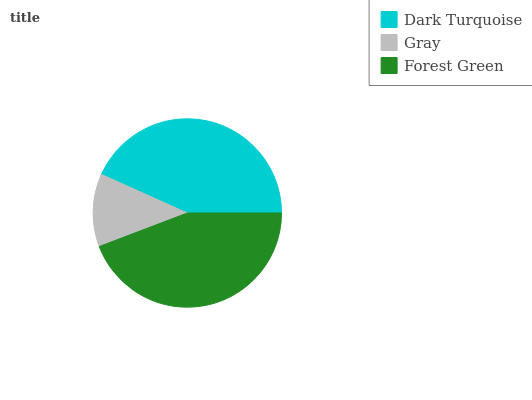
| Dark Turquoise | Gray | Forest Green |
 | --- | --- | --- |
 | 43.3% | 12.5% | 44.2% |